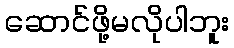
ဆောင်ဖို့မလိုပါဘူး